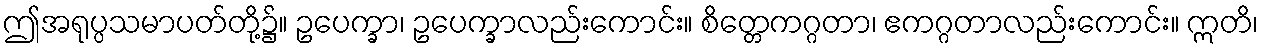
ဤအရုပ္ပသမာပတ်တို့၌။ ဥပေက္ခာ၊ ဥပေက္ခာလည်းကောင်း။ စိတ္တေကဂ္ဂတာ၊ ဧကဂ္ဂတာလည်းကောင်း။ ဣတိ၊